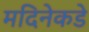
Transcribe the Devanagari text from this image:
मदिनेकडे